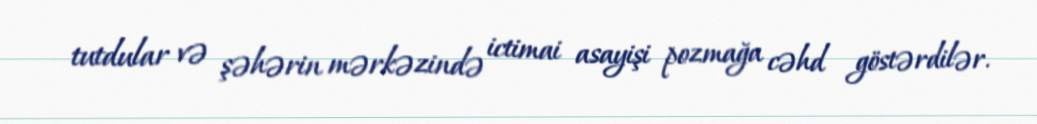
tutdular və şəhərin mərkəzində ictimai asayişi pozmağa cəhd göstərdilər.